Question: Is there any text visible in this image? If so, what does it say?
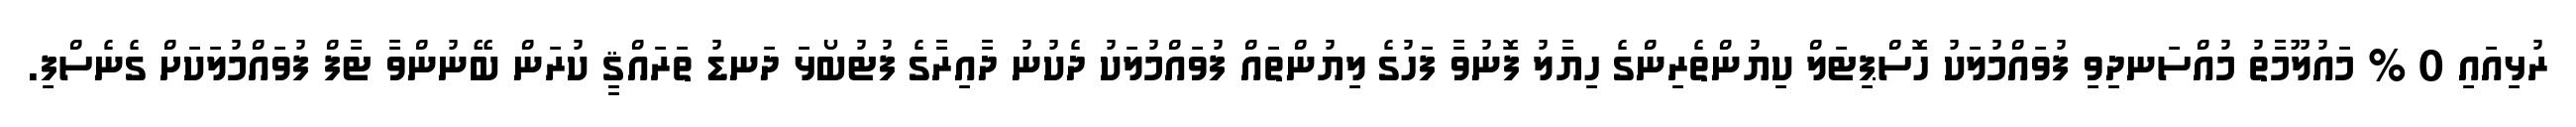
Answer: ރުޅިއައި 0 % މައުލޫމާތު މުއްސަނދިވި ފުވައްމުލަކު ހޮސްޕިޓަލް ކިޔުންތެރިންގެ ހިޔާލު ފޮނުވާ ފަހުގެ ލިޔުންތައް ފުވައްމުލަކު ދެކުނު ދާއިރާގެ ފުޓުބޯޅަ ދަނޑު ތަރައްޤީ ކުރަން ބޭނުންވާ ޓާފް ފުވައްމުލަކަށް ގެނެސްފި.